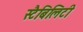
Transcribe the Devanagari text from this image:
स्टैबिलिटी